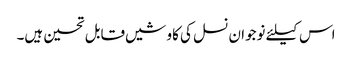
اس کیلئے نوجوان نسل کی کاوشیں قابل تحسین ہیں۔